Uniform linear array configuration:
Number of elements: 8
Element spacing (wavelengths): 0.5
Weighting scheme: exponential
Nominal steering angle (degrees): -15
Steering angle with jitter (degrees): -16.093
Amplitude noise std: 0.05
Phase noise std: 0.05

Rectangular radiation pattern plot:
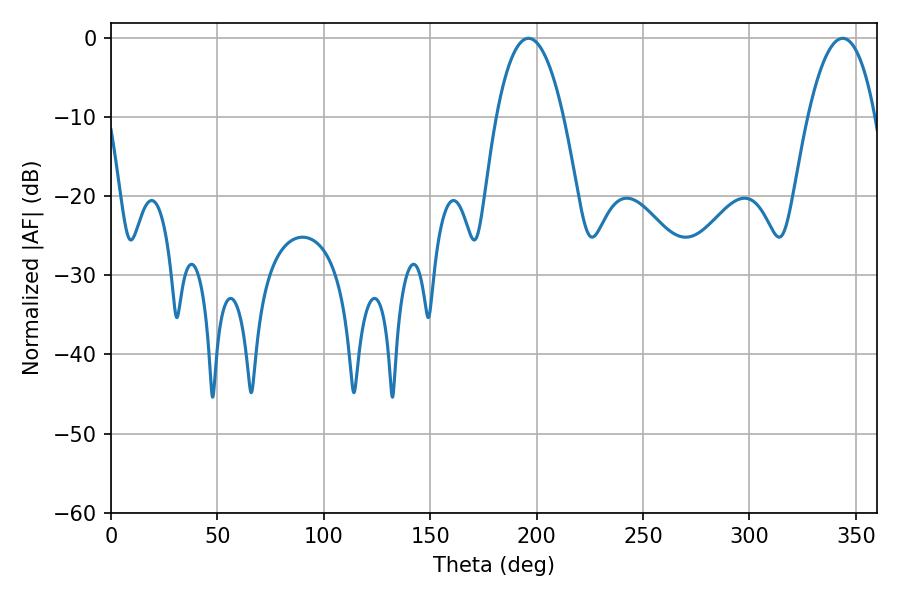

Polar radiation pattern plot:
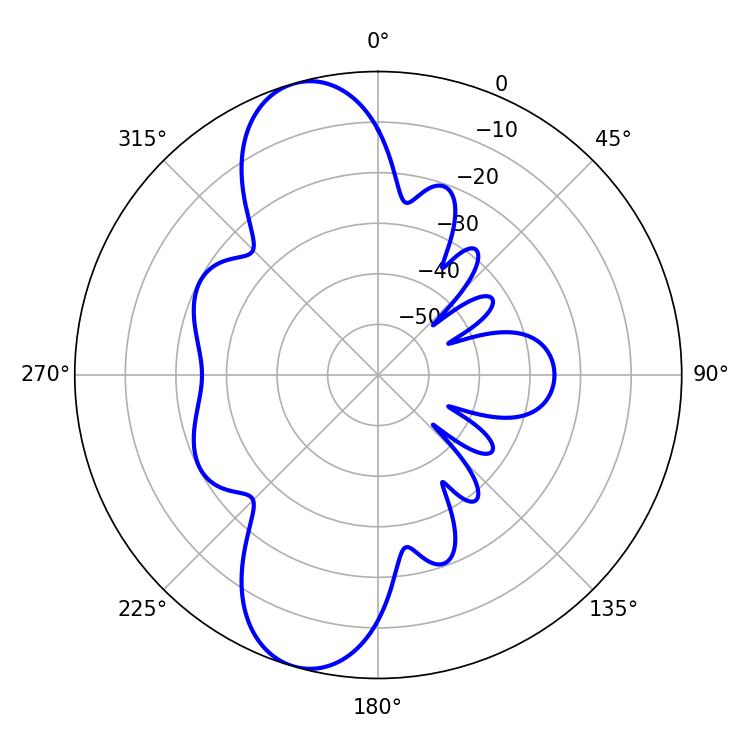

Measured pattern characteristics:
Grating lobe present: FALSE
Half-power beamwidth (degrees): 17.64
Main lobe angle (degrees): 196.2